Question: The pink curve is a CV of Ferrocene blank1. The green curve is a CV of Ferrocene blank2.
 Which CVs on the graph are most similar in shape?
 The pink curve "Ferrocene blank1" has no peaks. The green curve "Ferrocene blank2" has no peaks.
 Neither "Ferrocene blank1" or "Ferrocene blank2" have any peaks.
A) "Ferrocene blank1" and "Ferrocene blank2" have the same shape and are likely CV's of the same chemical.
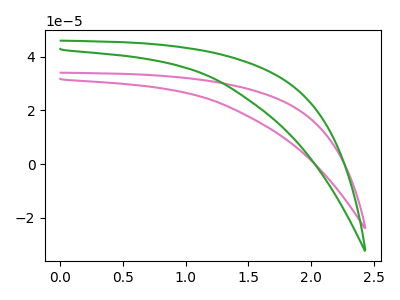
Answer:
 <answer>A) "Ferrocene blank1" and "Ferrocene blank2" have the same shape and are likely CV's of the same chemical.</answer>
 <eval>A</eval>